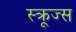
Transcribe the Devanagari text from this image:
स्क्रूज्स